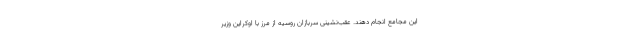
این مجامع انجام دهند. عقب‌نشینی سربازان روسیه از مرز با اوکراین وزیر